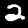
Label: 2